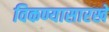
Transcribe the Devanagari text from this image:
विकण्यासारखे